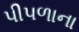
પીપળાના